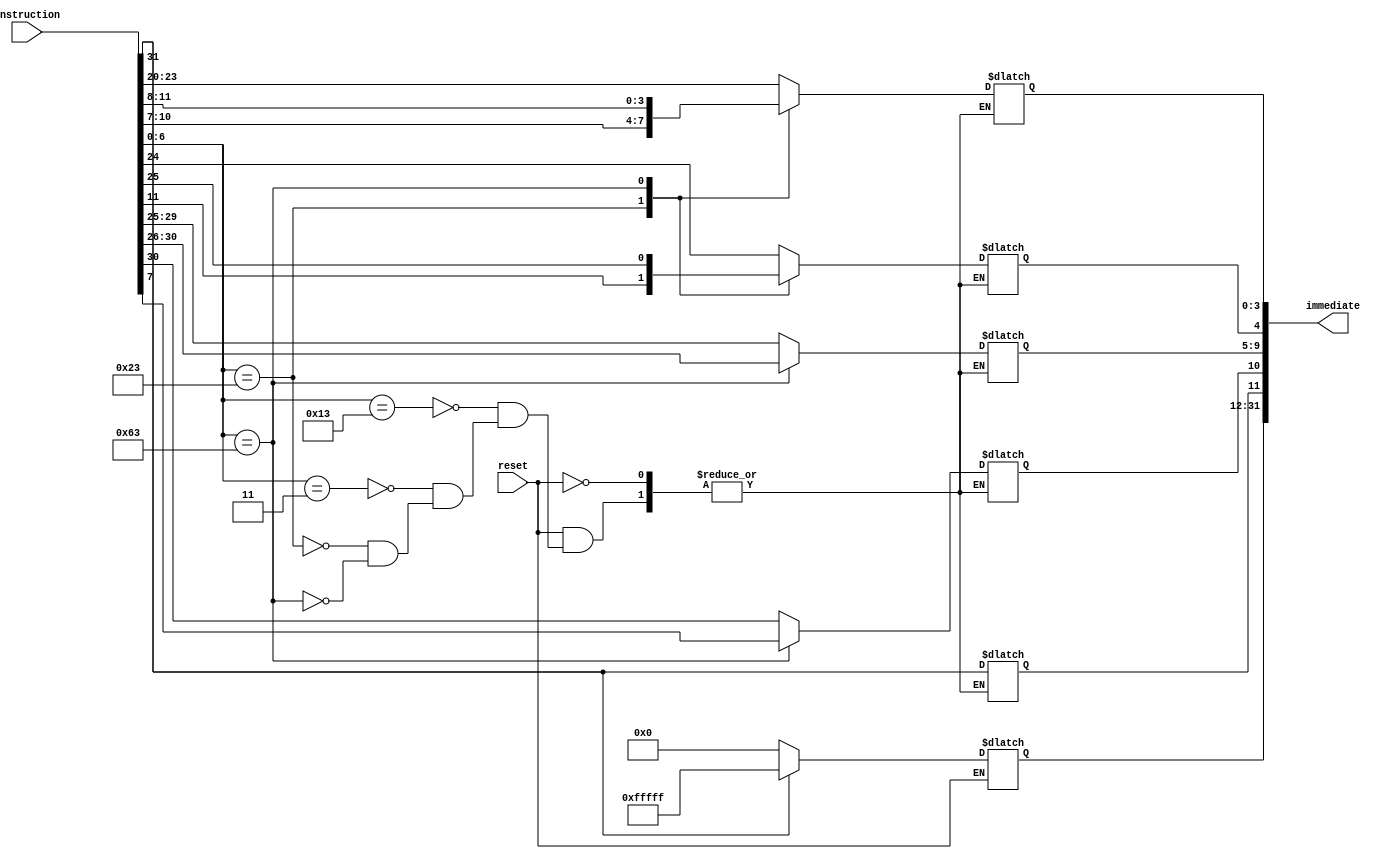
`timescale 1ns / 1ps
//////////////////////////////////////////////////////////////////////////////////
// Company: 
// Engineer: 
// 
// Design Name: 
// Module Name: immediate_gen
// Project Name: 
// Target Devices: 
// Tool Versions: 
// Description: 
// 
// Dependencies: 
// 
// Revision:
// Revision 0.01 - File Created
// Additional Comments:
// 
//////////////////////////////////////////////////////////////////////////////////


`define I_TYPE_ARITH 7'b0010011
`define I_TYPE_LOAD 7'b0000011
`define S_TYPE 7'b0100011
`define SB_TYPE 7'b1100011

module immediate_gen(reset, instruction, immediate);

input [0:0] reset;
input [31:0] instruction;
output reg [31:0] immediate;

always @(reset) begin 
    if (reset == 1) begin
        case (instruction[6:0])     // Determine type of instruction (only for I, S, SB types)
            `I_TYPE_ARITH: begin
                immediate[11:0] <= instruction[31:20];
            end
            `I_TYPE_LOAD: begin
                immediate[11:0] <= instruction[31:20];
            end
            `S_TYPE: begin
                immediate[11:5] <= instruction[31:25];
                immediate[4:0] <= instruction[11:7];
            end
            `SB_TYPE: begin
                immediate[11] <= instruction[31];
                immediate[10] <= instruction[7];
                immediate[9:4] <= instruction[30:25];
                immediate[3:0] <= instruction[11:8];
            end
        endcase
        case (instruction[31])
            1'b0: begin
                immediate[31:12] <= 20'd0;
            end
            1'b1: begin
                immediate[31:12] <= 20'b11111111111111111111;
            end
        endcase
    end
end

endmodule